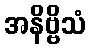
အနိဗ္ဗိသံ